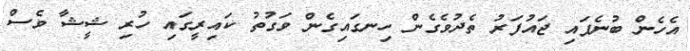
އެހެން ބުނެފައި ޖައުފަރު ތެދުވެގެން ހިނގައިގެން ވަގުތު ކައިރީގައި ހުރި ޝީޝާ ވެސް